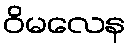
ဝိမလေန